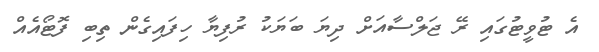
އެ ޓުވީޓުގައި ރޭ ޖަލްސާއަށް ދިޔަ ބަޔަކު ރުފިޔާ ހިފައިގެން ތިބި ފޮޓޯއެއް